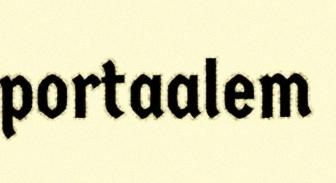
portaalem